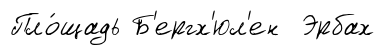
Пло́щадь Б'ергх'юл'ен Эрбах